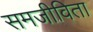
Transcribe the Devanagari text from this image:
समजीविता